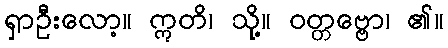
ရှာဦးလော့။ ဣတိ၊ သို့။ ဝတ္တဗ္ဗော၊ ၏။